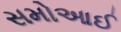
સમોઆઈ